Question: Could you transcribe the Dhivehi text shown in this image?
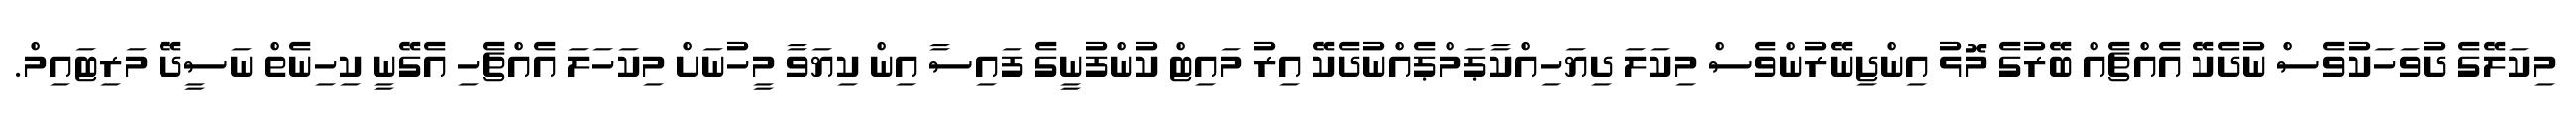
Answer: މިކަލޭގެ ދުވަހަކުވެސް ނުދެކޭ އެއްޗެއް ބޭރުގެ މޮޅު އިންޖިނޭރުންވެސް މިކަލަ ދިޔަހިއްކާޕަމްޕެއްނުދެކޭ އިރު މައިޓް ކުންފުނީގެ ފައިސާ އިން ކިޔަވާ މީހުނަށް މިކަހަލަ އެއްޗެހި އެގޭނީ ކިހިނެތް ނަސީދޭ މަރިޓައިމް.